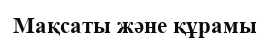
Мақсаты және құрамы